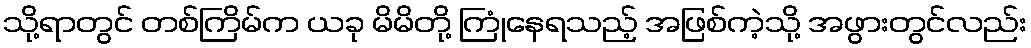
သို့ရာတွင် တစ်ကြိမ်က ယခု မိမိတို့ ကြုံနေရသည့် အဖြစ်ကဲ့သို့ အဖွားတွင်လည်း